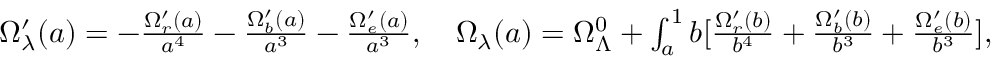
\begin{array} { r } { \Omega _ { \lambda } ^ { \prime } ( a ) = - \frac { \Omega _ { r } ^ { \prime } ( a ) } { a ^ { 4 } } - \frac { \Omega _ { b } ^ { \prime } ( a ) } { a ^ { 3 } } - \frac { \Omega _ { e } ^ { \prime } ( a ) } { a ^ { 3 } } , \quad \Omega _ { \lambda } ( a ) = \Omega _ { \Lambda } ^ { 0 } + \int _ { a } ^ { 1 } \d b [ \frac { \Omega _ { r } ^ { \prime } ( b ) } { b ^ { 4 } } + \frac { \Omega _ { b } ^ { \prime } ( b ) } { b ^ { 3 } } + \frac { \Omega _ { e } ^ { \prime } ( b ) } { b ^ { 3 } } ] , } \end{array}